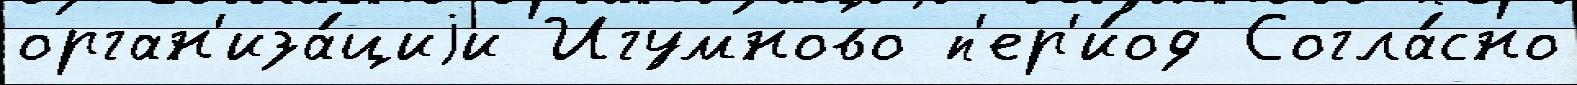
орган'иза́циjи Игумново п'ер'и́од Согла́сно